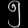
Digit: ၅